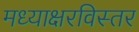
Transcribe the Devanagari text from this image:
मध्याक्षरविस्तर